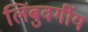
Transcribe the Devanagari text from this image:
लिंबुवर्गीय